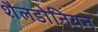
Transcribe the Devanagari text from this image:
शैलडोनियन